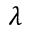
\lambda